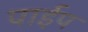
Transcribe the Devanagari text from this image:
पार्इप